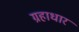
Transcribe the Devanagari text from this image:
ग्रहाधार